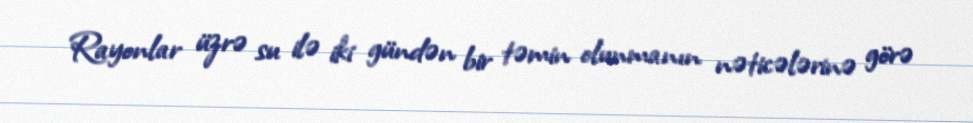
Rayonlar üzrə su ilə iki gündən bir təmin olunmanın nəticələrinə görə